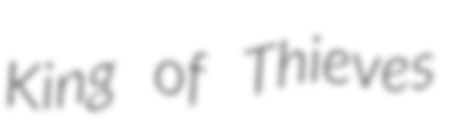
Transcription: King of Thieves